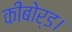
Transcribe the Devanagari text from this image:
कीबोर्ड।